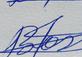
Signature authenticity: genuine